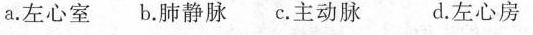
a.左心室 b.肺静脉 c.主动脉 d.左心房